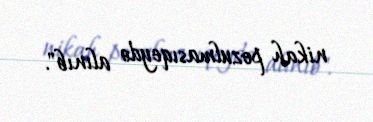
nikah pozulmasıqeydə alınıb".